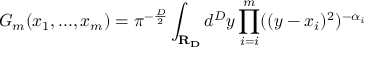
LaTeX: G _ { m } ( x _ { 1 } , . . . , x _ { m } ) = \pi ^ { - \frac { D } { 2 } } \int _ { \bf { R } _ { D } } d ^ { D } y \prod _ { i = i } ^ { m } ( ( y - x _ { i } ) ^ { 2 } ) ^ { - \alpha _ { i } }